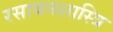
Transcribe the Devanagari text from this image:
रसायनशास्त्रि